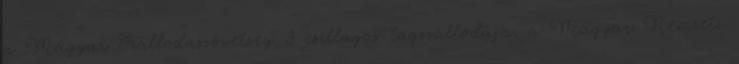
a Magyar Szállodaszövetség 3 csillagos tagszállodája, a Magyar Nemzeti